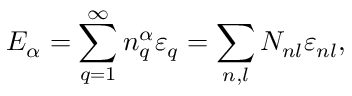
{ E } _ { \alpha } = \sum _ { q = 1 } ^ { \infty } { n } _ { q } ^ { \alpha } { \varepsilon } _ { q } = \sum _ { n , l } { N } _ { n l } { \varepsilon } _ { n l } ,